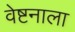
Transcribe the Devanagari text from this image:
वेष्टनाला